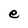
Character: e